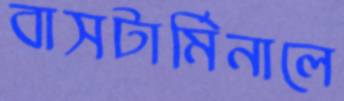
বাসটার্মিনালে